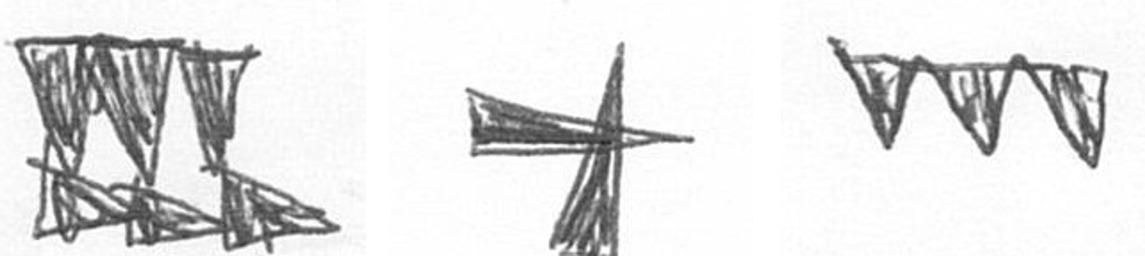
D G L